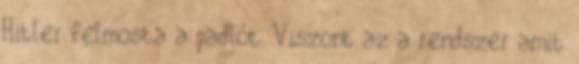
Hitler felmosta a padlót. Viszont az a rendszer amit